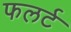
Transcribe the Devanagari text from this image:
फलर्ट